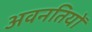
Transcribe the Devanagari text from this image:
अवनतियों